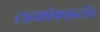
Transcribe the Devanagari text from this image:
ट्राइकोफाइटॉन